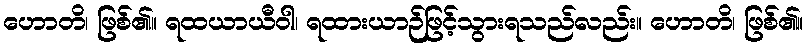
ဟောတိ၊ ဖြစ်၏။ ရထယာယီဝါ၊ ရထားယာဉ်ဖြင့်သွားရသည်လည်း။ ဟောတိ၊ ဖြစ်၏။